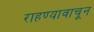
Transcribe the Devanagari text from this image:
राहण्यावाचून